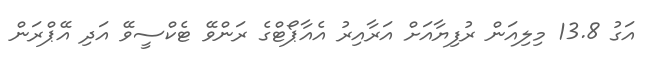
އަގު 13.8 މިލިއަން ރުފިޔާއަށް އަރާއިރު އެއާޕޯޓްގެ ރަންވޭ ޓެކްސީވޭ އަދި އޭޕްރަން